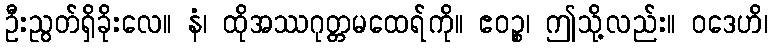
ဦးညွတ်ရှိခိုးလေ။ နံ၊ ထိုအဿဂုတ္တမထေရ်ကို။ ဧဝဉ္စ၊ ဤသို့လည်း။ ဝဒေဟိ၊